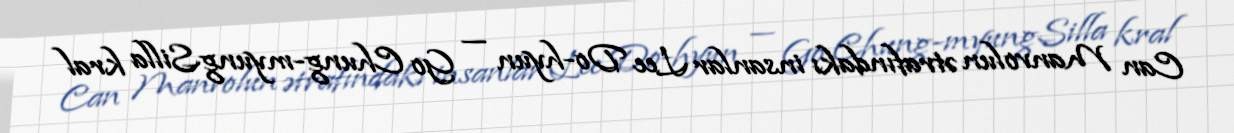
Can Manvolun ətrafındakı insanlar Lee Do-hyun — Go Chung-myungSilla kral